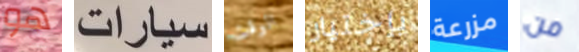
هو سيارات الوقت بإختيار مزرعة من